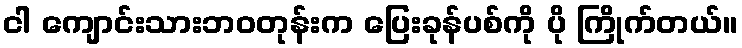
ငါ ကျောင်းသားဘဝတုန်းက ပြေးခုန်ပစ်ကို ပို ကြိုက်တယ်။